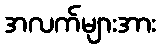
အလက်များအား